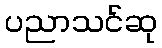
ပညာသင်ဆု